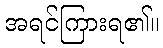
အရင်ကြားရ၏။